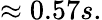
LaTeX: \approx 0.57s.